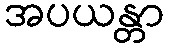
အပယန္တာ